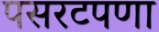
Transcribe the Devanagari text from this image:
पसरटपणा